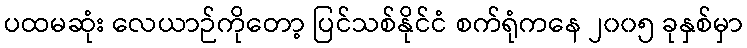
ပထမဆုံး လေယာဉ်ကိုတော့ ပြင်သစ်နိုင်ငံ စက်ရုံကနေ ၂၀၀၅ ခုနှစ်မှာ